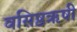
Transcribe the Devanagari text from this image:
वसिष्ठऋषी